Annual administration report of the Civil Veterinary Department of India - 1893-1894
Year: 1893
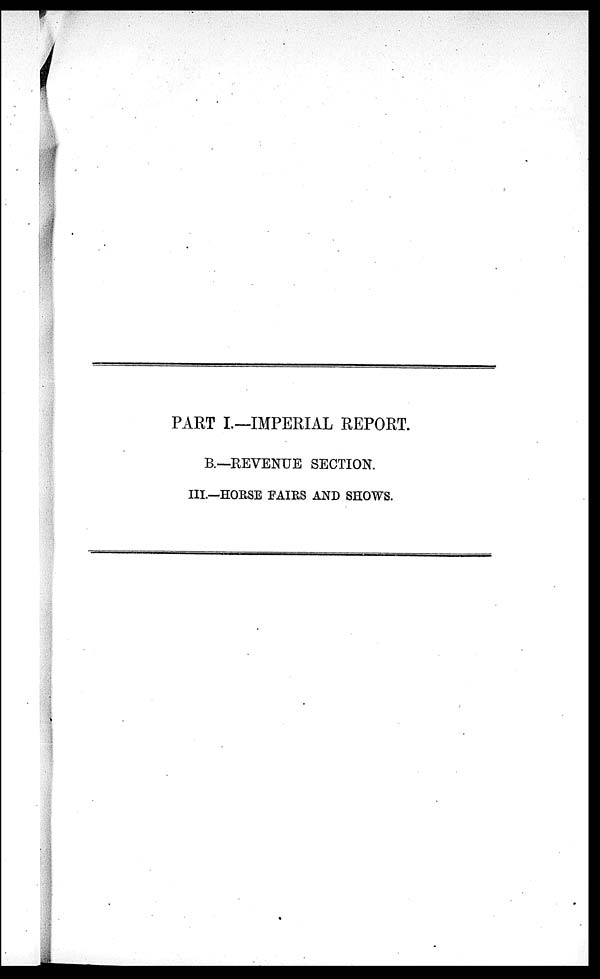
PART I.—IMPERIAL REPORT.
B.—REVENUE SECTION.
III.—HORSE FAIRS AND SHOWS.